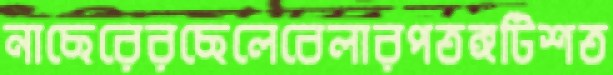
নাছেরেরছেলেবেলারপতঙ্গটিশত